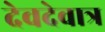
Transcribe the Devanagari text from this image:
देवदेवात्र